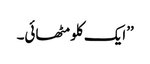
’’ایک کلو مٹھائی۔